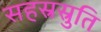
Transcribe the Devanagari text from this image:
सहस्रस्रुति